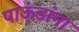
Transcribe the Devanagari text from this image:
पाऊंडांना